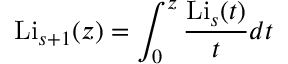
\operatorname { L i } _ { s + 1 } ( z ) = \int _ { 0 } ^ { z } { \frac { \operatorname { L i } _ { s } ( t ) } { t } } d t